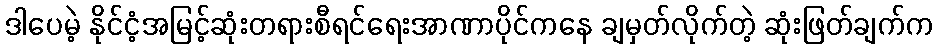
ဒါပေမဲ့ နိုင်ငံ့အမြင့်ဆုံးတရားစီရင်ရေးအာဏာပိုင်ကနေ ချမှတ်လိုက်တဲ့ ဆုံးဖြတ်ချက်က